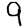
Digit: 9